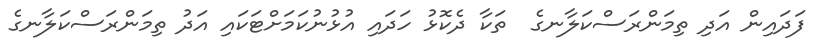
ފަދައިން އަދި ތިމަންރަސްކަލާނގެ  ތަކާ ދެކޮޅު ހަދައި އުޅުނުކަމަށްޓަކައި އަދު ތިމަންރަސްކަލާނގެ